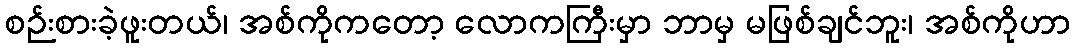
စဉ်းစားခဲ့ဖူးတယ်၊ အစ်ကိုကတော့ လောကကြီးမှာ ဘာမှ မဖြစ်ချင်ဘူး၊ အစ်ကိုဟာ